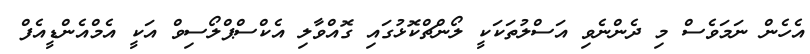
އެހެން ނަމަވެސް މި ދެންނެވި އަސްލުތަކަކީ ލޯންޗްކޮޅުގައި ގޮއްވާލި އެކްސްޕްލޯސިވް އަކީ އެމްއެންޑީއެފް